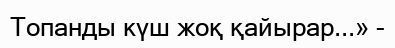
Топанды күш жоқ қайырар...» -